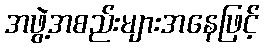
အဖွဲ့အစည်းများအနေဖြင့်